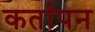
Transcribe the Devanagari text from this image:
कर्तापन